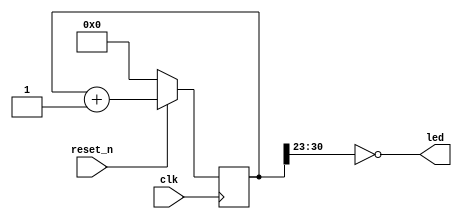
// Code from https://github.com/johnwinans/Verilog-Examples/

// Don't allow inferred nets as that can cause debug issues
`default_nettype none

module counter (
    input wire clk,
    input wire reset_n,
    output wire [7:0] led
    );

    reg [31:0] counter = 32'b0;

    //assign led = ~counter[28:21];
    //assign led = counter[27:20];
    assign led = ~counter[30:23];

    always @ (posedge clk) 
    begin
        if (reset_n == 0)
            counter <= 0;
        else
            counter <= counter + 1;
    end

endmodule